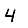
Digit: 4